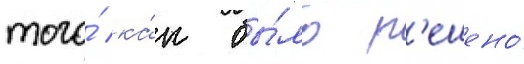
того́ ка́к бы́ло р'ешено́